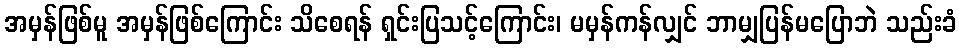
အမှန်ဖြစ်မူ အမှန်ဖြစ်ကြောင်း သိစေရန် ရှင်းပြသင့်ကြောင်း၊ မမှန်ကန်လျှင် ဘာမျှပြန်မပြောဘဲ သည်းခံ